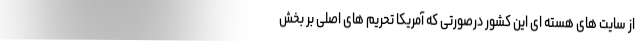
از سایت های هسته ای این کشور درصورتی که آمریکا تحریم های اصلی بر بخش